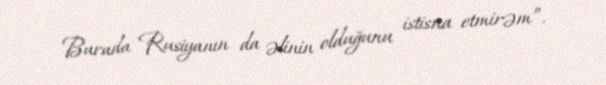
Burada Rusiyanın da əlinin olduğunu istisna etmirəm”.